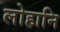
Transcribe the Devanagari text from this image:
लोहानि